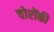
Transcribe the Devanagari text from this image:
चोरोंकी